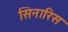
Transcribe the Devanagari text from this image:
सिनारिस